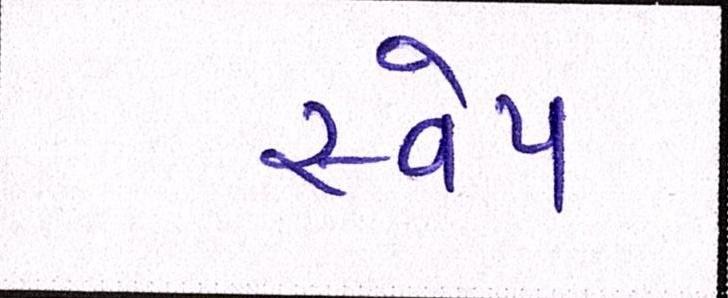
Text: સ્વેપ